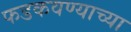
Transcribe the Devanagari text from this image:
फडकवण्याच्या